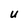
Character: U